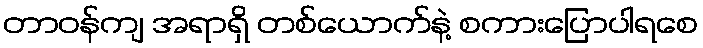
တာဝန်ကျ အရာရှိ တစ်ယောက်နဲ့ စကားပြောပါရစေ